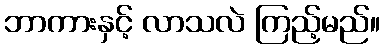
ဘာကားနှင့် လာသလဲ ကြည့်မည်။